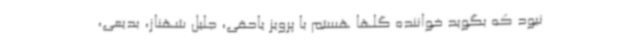
نبود که بگوید خواننده گلها هستم با پرویز یاحقی، جلیل شهناز، بدیعی،